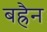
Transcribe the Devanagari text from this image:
बह्रैन